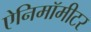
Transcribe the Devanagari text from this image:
ऐनिमॉमीटर